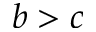
b > c